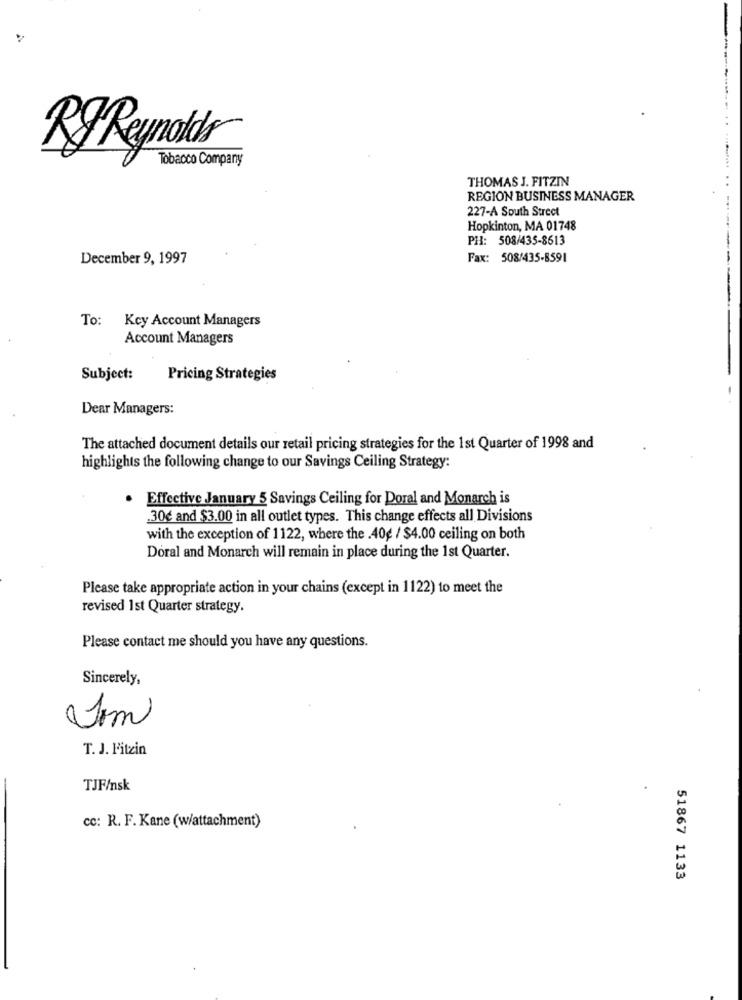
Rg Reynolds
Tobacco Company
THOMAS J. FITZIN
REGION BUSINESS MANAGER
227-A South Street
Hopkinton, MA 01748
PH: 508/435-8613
December 9, 1997
Fax: 508/435-8591
To: Key Account Managers
Account Managers
Subject:
Pricing Strategies
Dear Managers:
The attached document details our retail pricing strategies for the 1st Quarter of 1998 and
highlights the following change to our Savings Ceiling Strategy:
.
Effective January 5 Savings Ceiling for Doral and Monarch is
30€ and $3.00 in all outlet types. This change effects all Divisions
with the exception of 1122, where the .40g / $4.00 ceiling on both
Doral and Monarch will remain in place during the 1st Quarter.
Please take appropriate action in your chains (except in 1122) to meet the
revised 1st Quarter strategy.
Please contact me should you have any questions.
Sincerely,
T. J. Fitzin
TJF/nsk
cc: R. F. Kane (w/attachment)
51867 1133